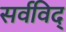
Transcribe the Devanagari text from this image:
सर्वविद्